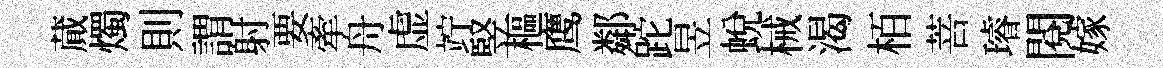
蕆燭則謂射要牽舟虚竚竪樞鹰鄰跎昱蛻械渴栢菩璿閲嫁